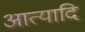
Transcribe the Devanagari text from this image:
आत्यादि